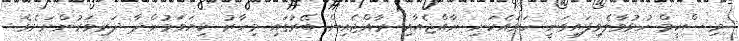
މި ސްކީމް ހުޅުވާލެވިފައިވަނީ ހަމައެކަނި ރާއްޖެއާއި ރާއްޖެއިން ބޭރުގައި މިހާރު ކިޔަވަމުންދާ ދަރިވަރުންނަށެވެ.